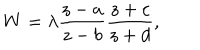
W = \lambda \frac { z - a } { z - b } \frac { z + c } { z + d } ,